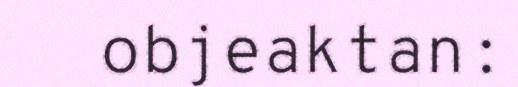
objeaktan: